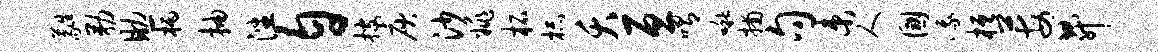
蕤勒助柄抽潘自搜庾沙姚柘杯夭亘喟啾捕句束人国峨桓莓升